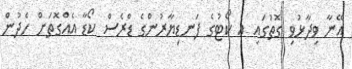
އޭނާ ވިދާޅުވި ގޮތުގައި އެ ކޯޓުގެ ފަނޑިޔާރުންގެ ޑްރެސް ކޯޑާ އެއްގޮތަށް ހެދުން